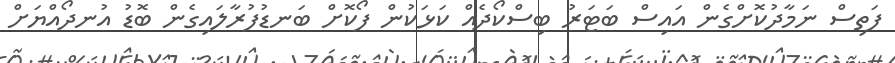
ފަތިސް ނަމާދުކޮށްގެން އައިސް ބަޓަރު ބިސްކޯދެއް ކަޅަކުން ފޯކޮށް ބަނޑުފުރާލައިގެން ބޮޑު އުނދޯއްޔަށް